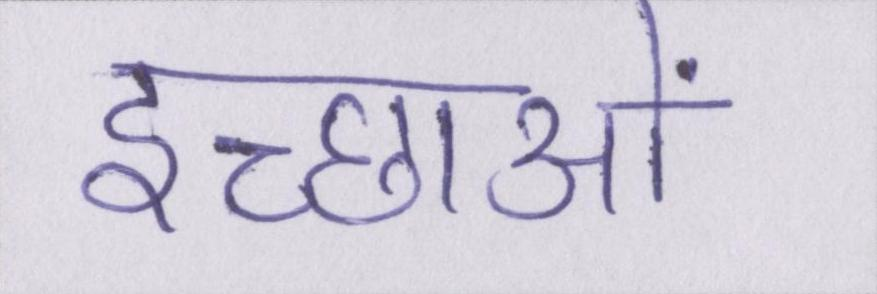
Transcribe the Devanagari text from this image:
इच्छाओं